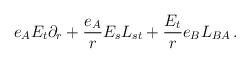
LaTeX: \begin{align*}e_AE_t \partial_r + \frac{e_A}{r} E_s L_{st} + \frac{E_t}{r} e_B L_{BA} \, . \end{align*}